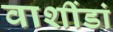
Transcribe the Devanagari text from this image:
वाशींडां